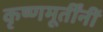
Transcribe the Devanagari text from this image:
कृष्णमूर्तींनीं